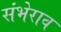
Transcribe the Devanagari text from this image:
संभेराव